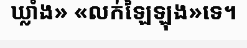
ឃ្លាំង» «លក់ឡៃឡុង»ទេ។